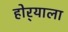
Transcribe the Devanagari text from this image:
होर्‍याला